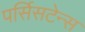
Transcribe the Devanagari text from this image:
पर्सिसटेन्स